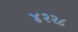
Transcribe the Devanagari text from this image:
४२२८